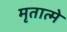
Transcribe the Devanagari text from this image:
मृतात्मे